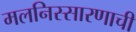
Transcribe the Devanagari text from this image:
मलनिस्सारणाची